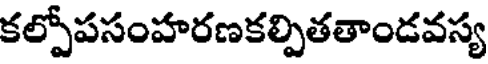
కల్పోపసంహరణకల్పితతాండవస్య